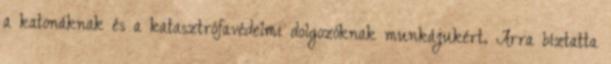
a katonáknak és a katasztrófavédelmi dolgozóknak munkájukért. Arra bíztatta